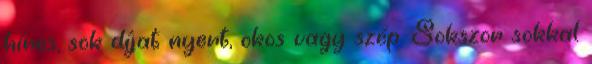
híres, sok díjat nyert, okos vagy szép. Sokszor sokkal